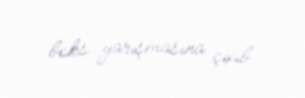
boks yarışmasına çıxıb.